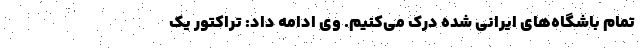
تمام باشگاه‌های ایرانی شده درک می‌کنیم. وی ادامه داد: تراکتور یک